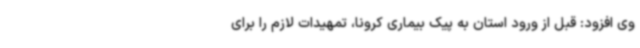
وی افزود: قبل از ورود استان به پیک بیماری کرونا، تمهیدات لازم را برای